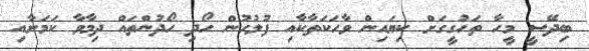
ބިދޭސީ މީހާ ތަހުގީގަށް ކިޔައިން ވާހަކަތާކާއި ފުލުހުން ހޯދި ހޯދުންތައް ދިމާވާ ކަމަށާއި